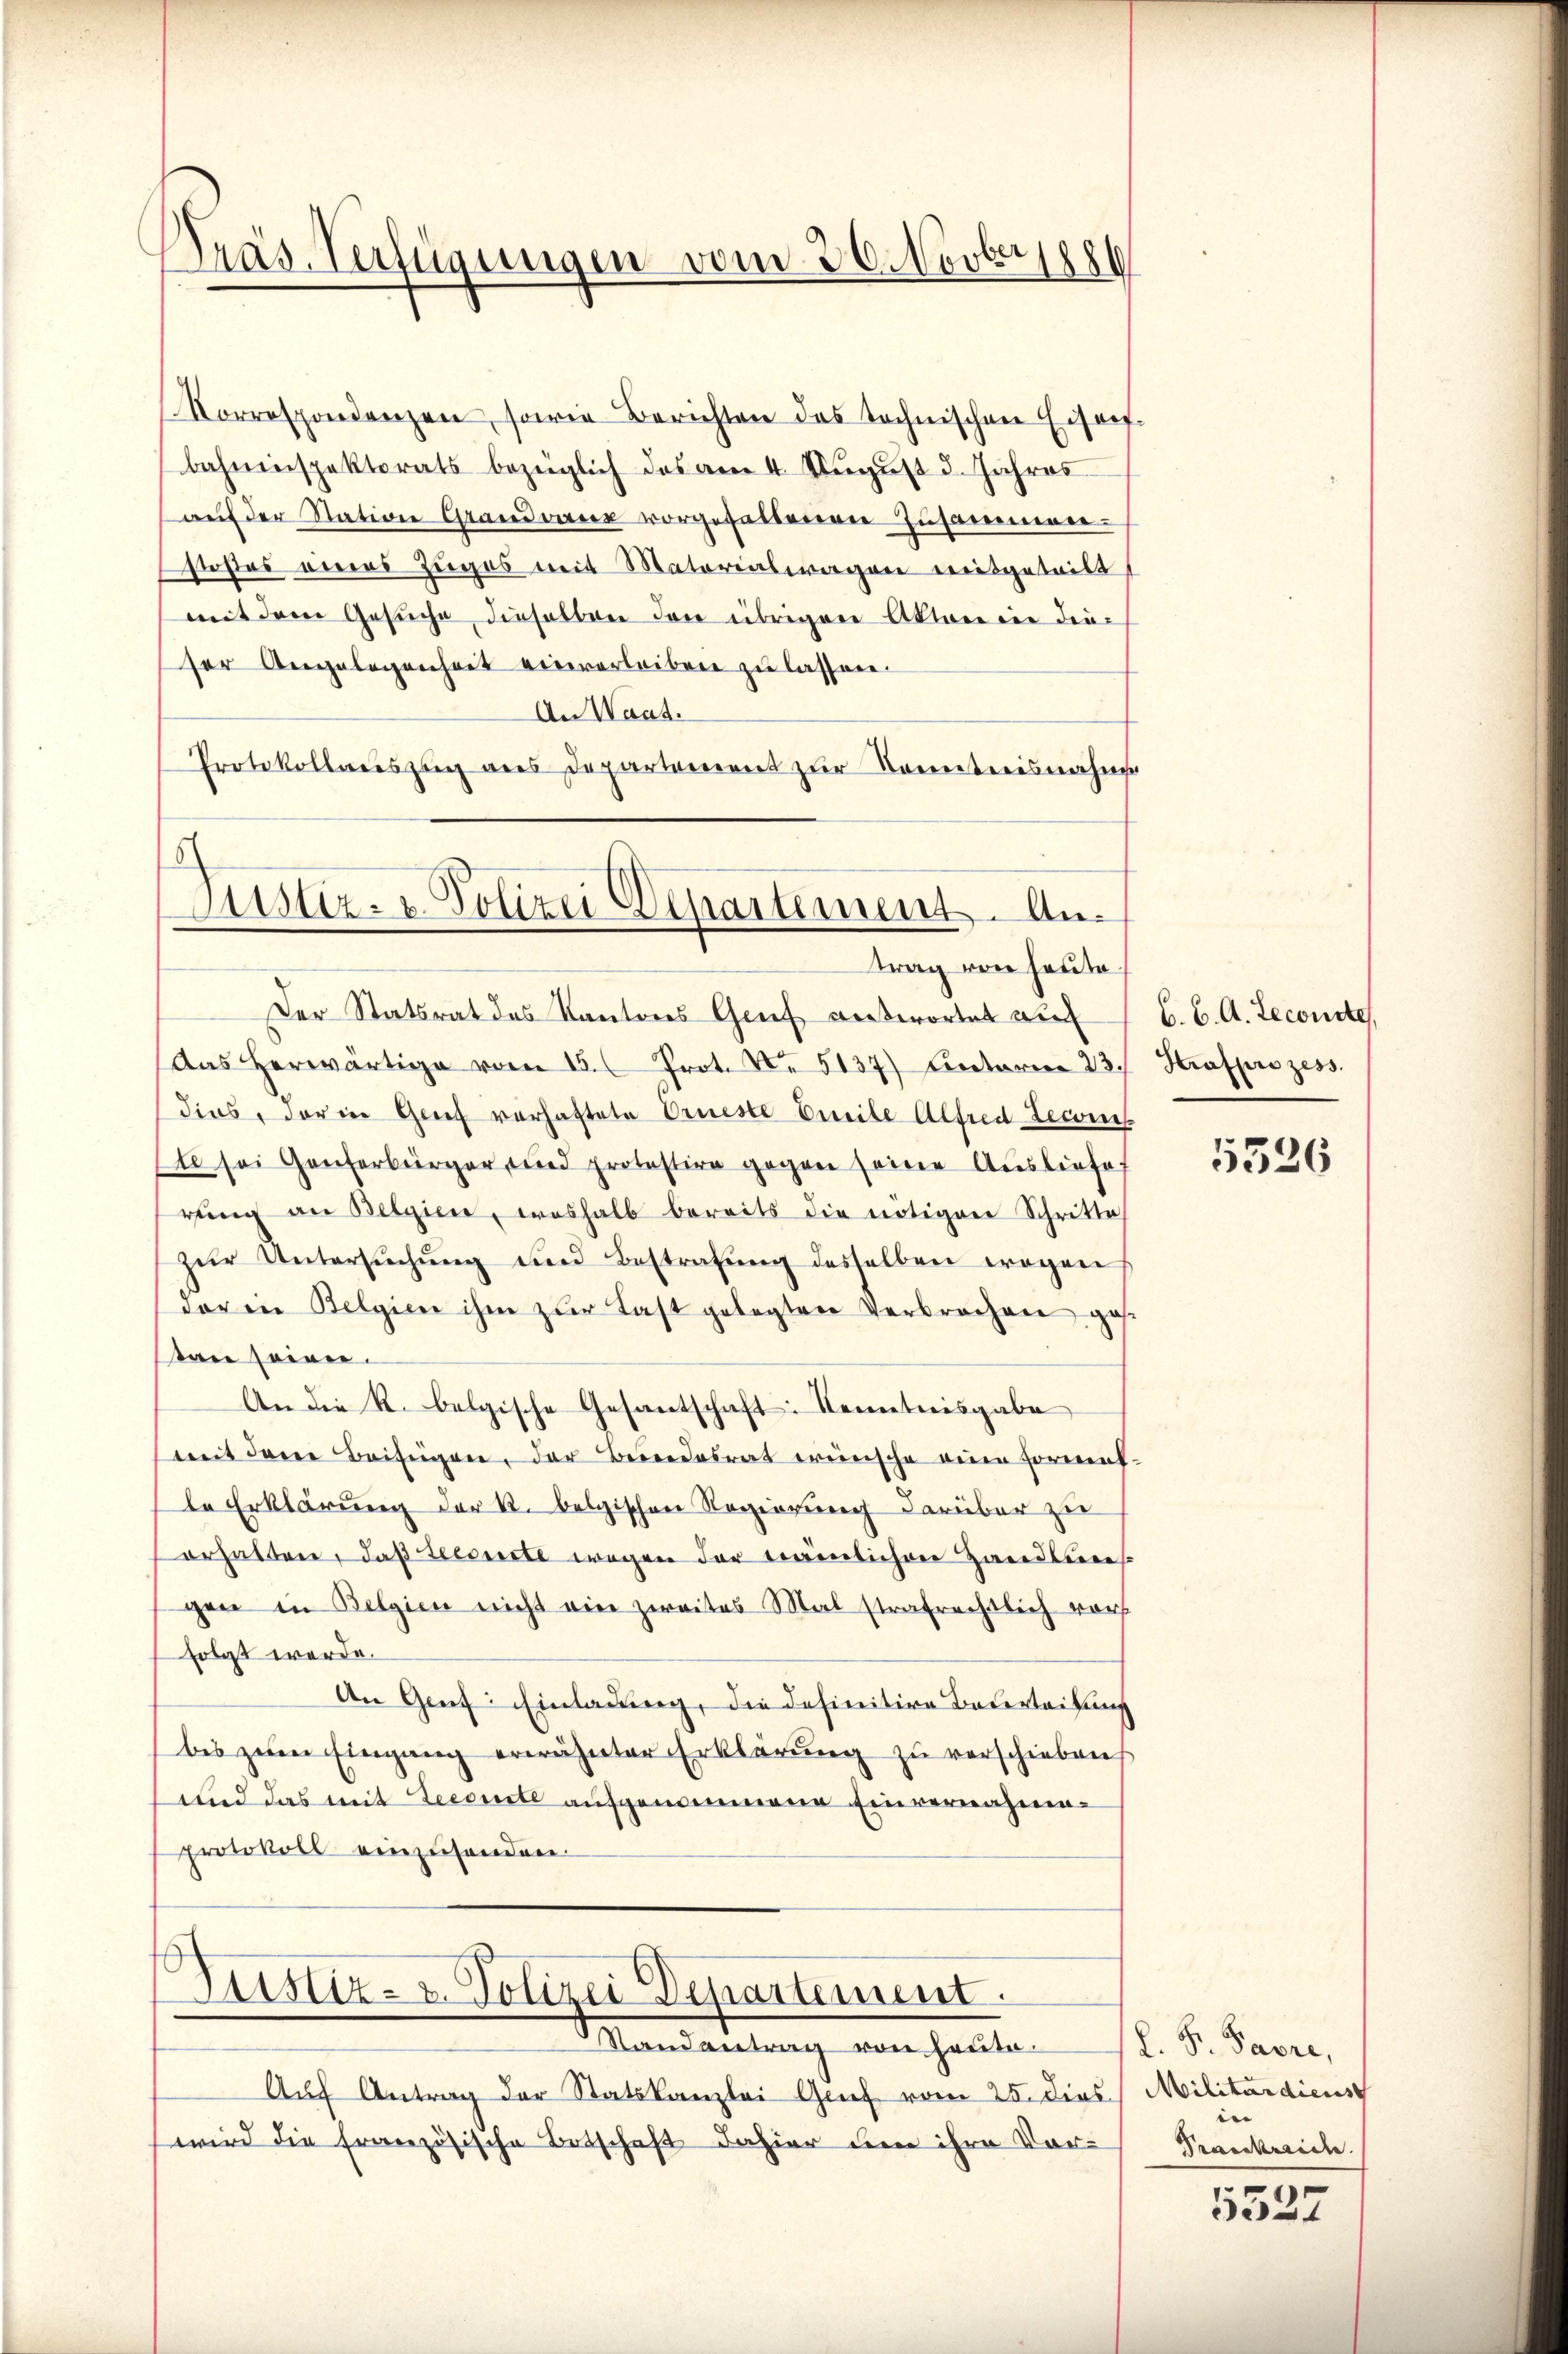
Präs. Verfügungen vom 20. Novbr.

Vorrespondenzen, sowie Berichten des technischen Eisen-
bahninspektorats bezüglich das am 4. Aŭgŭst d. Jahres
aŭf der Station Grandverner vorgefallenen Zusammen-
Postes eines Zuges mit Materintragen mitgeteilt
mit dem Gesuche dieselben den übrigen Akten in dieser Angelegenheit ververleiben zŭ lassen.
An Waat.
Protokollariszug aus Departement zur Kenntnisnahme

Austiz- u. Polizei Departement. Antrag von heute.

Justiz- & Polizei Departement.
Randantrag von heute.

Der Statsrat des Kantons Genf antwortet auf
Das herwärtige vom 15. Prot. Nr. 5137) Antoren 23. Strafprozess.
dies, der in Grief vorhaftete Erneste Ereibe Alfred Secons
te sei Genferbürger und protestire gegen seine Ausliefe
rŭng an Belgien, weshalb bereits die nötigen Schritte
zŭr Untersŭchŭng und Bestrafŭng desselben wegen
der in Belgien ihm zur Last gelegten Verbrechen ges.
tan seine.
An die R. belgische Gesantschaft: Nemetnisgabe
mit dem Beifügen, der Beundesrat wünsche eine Formel-
le Erklärung der k. belgischen Regierung darüber zu
erhalten, daß desserte wegen der Trainlicherer Handleines
gen in Belgien nicht ein zweites Mal strafrechtlich vor
folgt werde.
An Genf Einladung, die definitive Vaterteilung
bis zŭm Eingang erwähnter Erklärŭng zŭ verschieben,
und das mit Seeducte aufgenommene Einvernahmeprotokoll einzusenden.

Auf Antrag der Statskanzlei Grief vom 25. dies Militärdiens
wird die französische Botschaft dahier um ihre Vor-

C. C. A. Reconste,

5526

l. S. Pavre,
 |
Praeckereche.

5527